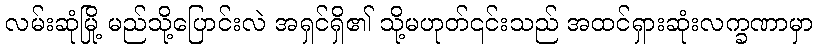
လမ်းဆုံမြို့ မည်သို့ပြောင်းလဲ အရှင်ရှိ၏ သို့မဟုတ်၎င်းသည် အထင်ရှားဆုံးလက္ခဏာမှာ